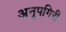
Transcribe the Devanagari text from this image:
अनूपगिरी